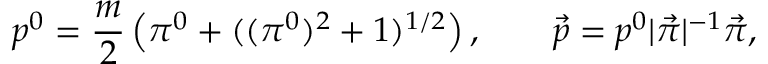
p ^ { 0 } = \frac m 2 \left( \pi ^ { 0 } + ( ( \pi ^ { 0 } ) ^ { 2 } + 1 ) ^ { 1 / 2 } \right) , \qquad \vec { p } = p ^ { 0 } | \vec { \pi } | ^ { - 1 } \vec { \pi } ,